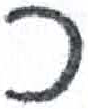
אות: כ